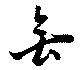
無